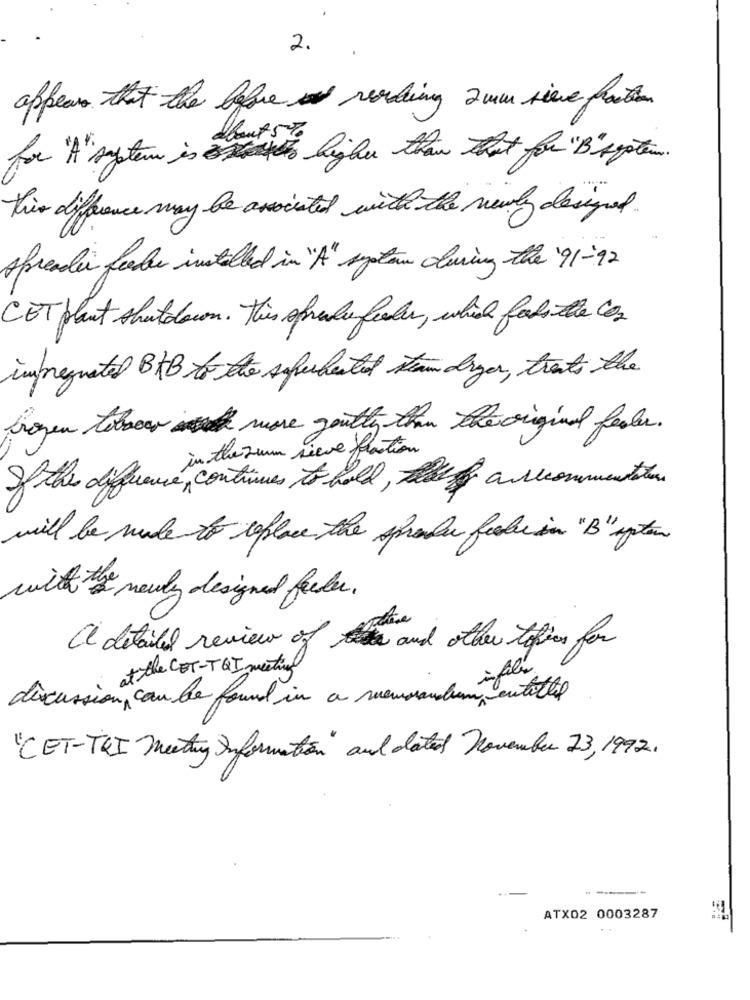
2.
appears that the before reading 2 mm sieve fronten
for "A" system is higher than that for " B" system.
this difference may be associated with the newly designed.
spreader feeder installed in "A" system during the 91-92
CET plant shutdown. This spreuken feeder, which fabio the con
impregnated BKB to the superheated strum dryer, that's the
Proven tobow more yoully than the original Reader.
in the zum sieve fraction
Of the diference , continues to hold, table of a recommention
will be made to replace the sprake fiske in "B" system
with the newly designed fueker .
a detailed review of the and other topics for
i at the CET-TQI meeting
discussion,can be found in a memorandum entitled
"CET-TRI Meeting Information" and dated November 23, 1992.
ATX02 0003287